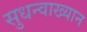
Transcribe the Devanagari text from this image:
सुधन्वाख्यान